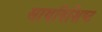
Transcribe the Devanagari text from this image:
साथविशिष्ट